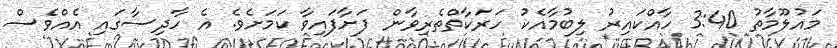
މައުލޫމާތު 3:40 ހާއްކައިރު ލިބުމާއެކު ހަރަކާތްތެރިވާން ފަށާފައިވާ ކަމަށެވެ. އެ ހާދިސާގައި އެއްވެސް